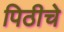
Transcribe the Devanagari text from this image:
पिठीचे